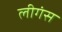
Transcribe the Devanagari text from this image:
लीगंस